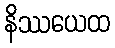
နိဿယေထ